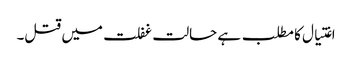
اغتیال کا مطلب ہے حالت غفلت میں قتل۔